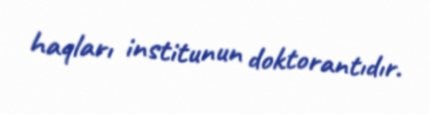
haqları institunun doktorantıdır.